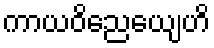
ကာယဝိညေယျေဟိ